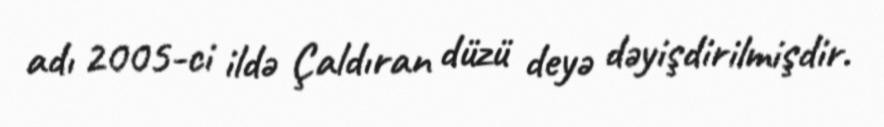
adı 2005-ci ildə Çaldıran düzü deyə dəyişdirilmişdir.